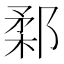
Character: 𨜙